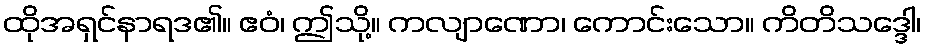
ထိုအရှင်နာရဒ၏။ ဧဝံ၊ ဤသို့။ ကလျာဏော၊ ကောင်းသော။ ကိတိသဒ္ဒေါ၊